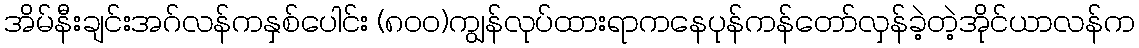
အိမ်နီးချင်းအဂ်လန်ကနှစ်ပေါင်း (၈၀၀)ကျွန်လုပ်ထားရာကနေပုန်ကန်တော်လှန်ခဲ့တဲ့အိုင်ယာလန်က